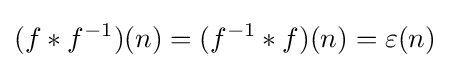
(f\ast f^{-1})(n)=(f^{-1}\ast f)(n)=\varepsilon (n)